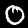
Digit: 0